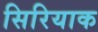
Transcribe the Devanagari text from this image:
सिरियाक